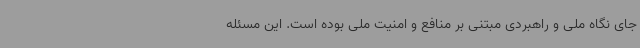
جای نگاه ملی و راهبردی مبتنی بر منافع و امنیت ملی بوده است. این مسئله